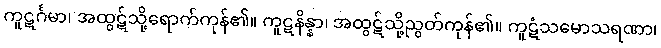
ကူဋင်္ဂမာ၊ အထွဋ်သို့ရောက်ကုန်၏။ ကူဋနိန္နာ၊ အထွဋ်သို့ညွတ်ကုန်၏။ ကူဋံသမောသရဏာ၊